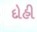
દોહી